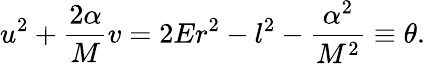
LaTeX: u^{2}+\frac{2\alpha}{M}v=2Er^{2}-l^{2}-\frac{\alpha^{2}}{M^{2}}\equiv\theta.